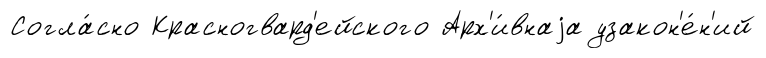
Согла́сно Красногвард'ейского Арх'и́внаjа узакон'е́н'ий